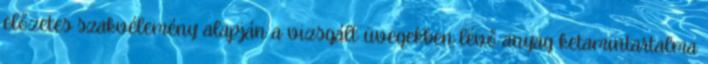
előzetes szakvélemény alapján a vizsgált üvegekben lévő anyag ketamintartalma